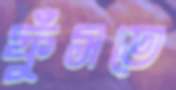
ফুঁসতে